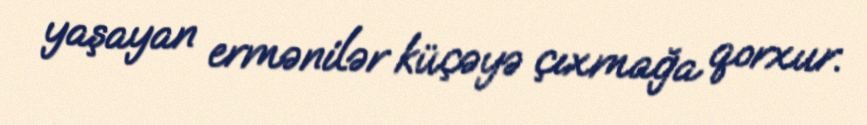
yaşayan ermənilər küçəyə çıxmağa qorxur.